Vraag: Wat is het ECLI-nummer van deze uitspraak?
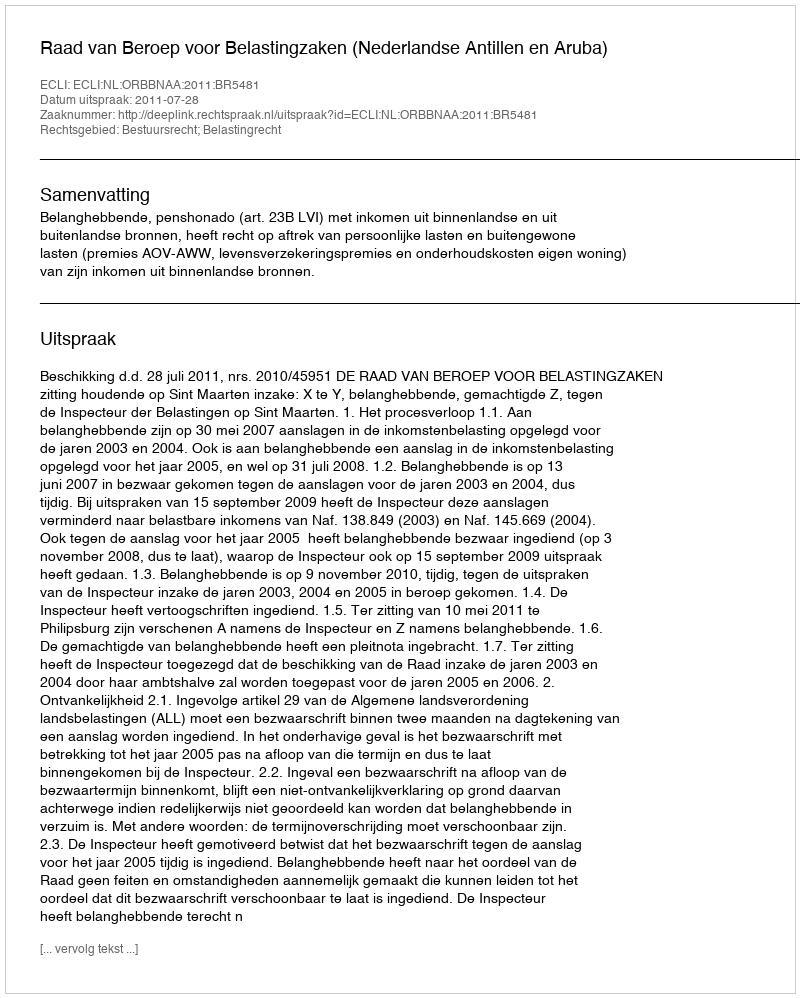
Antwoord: ECLI:NL:ORBBNAA:2011:BR5481